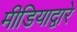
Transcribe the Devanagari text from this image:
मीडियाद्वारे